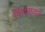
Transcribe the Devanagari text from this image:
वितळवणे